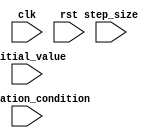
module decremental_for_loop (
    input wire clk,
    input wire rst,
    
    input wire [31:0] initial_value,
    input wire [31:0] step_size,
    input wire [31:0] termination_condition,
    
    // other input/output ports for the operations within the loop
    
);

reg [31:0] loop_counter;

always @(posedge clk or posedge rst) begin
    if (rst) begin
        loop_counter <= initial_value;
    end else begin
        if (loop_counter > termination_condition) begin
            // code block within the for loop
            // perform operations here
            
            loop_counter <= loop_counter - step_size;
        end
    end
end

endmodule